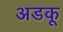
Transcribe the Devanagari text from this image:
अडकू